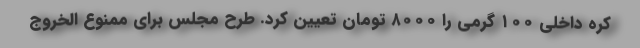
کره داخلی ۱۰۰ گرمی را ۸۰۰۰ تومان تعیین کرد. طرح مجلس برای ممنوع الخروج